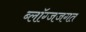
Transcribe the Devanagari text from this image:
ब्लॉग्जजगत